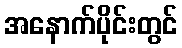
အနောက်ပိုင်းတွင်